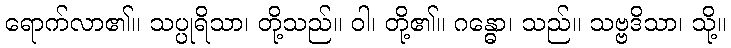
ရောက်လာ၏။ သပ္ပုရိသာ၊ တို့သည်။ ဝါ၊ တို့၏။ ဂန္ဓော၊ သည်။ သဗ္ဗဒိသာ၊ သို့။